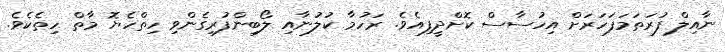
ނާއިލް ފުރަތަމަފަހަރަށް އިހުސާސް ކޮށްދީފިއެވެ. ރަހުމާ ކުލުނާއި ލޯބިންފުރިގެންވި ހިތްހެޔޮ މާތް ހިތެކެވެ.